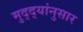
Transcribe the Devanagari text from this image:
मुद्‌द्‌यांनुसार